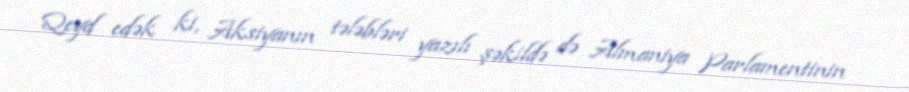
Qeyd edək ki, Aksiyanın tələbləri yazılı şəkildə də Almaniya Parlamentinin